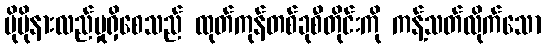
ပိုမိုနားလည်မှုရှိစေသည် ထုတ်ကုန်တစ်ခုစီတိုင်းကို ကန့်သတ်လိုက်သော